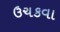
ઉચકવા